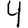
Digit: 4